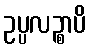
ဥပ္ပလဉ္စာပိ